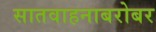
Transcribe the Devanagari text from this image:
सातवाहनाबरोबर